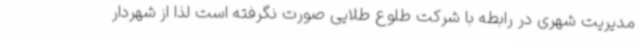
مدیریت شهری در رابطه با شرکت طلوع طلایی صورت نگرفته است لذا از شهردار